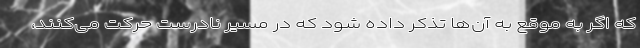
که اگر به موقع به آن‌ها تذکر داده شود که در مسیر نادرست حرکت می‌کنند،